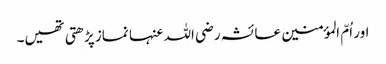
اور اُمّ المؤمنین عائشہ رضی اللہ عنہا نماز پڑھتی تھیں۔